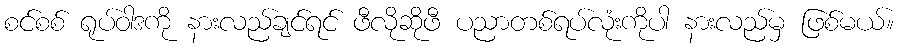
စင်စစ် ရုပ်ဝါဒကို နားလည်ချင်ရင် ဖီလိုဆိုဖီ ပညာတစ်ရပ်လုံးကိုပါ နားလည်မှ ဖြစ်မယ်။